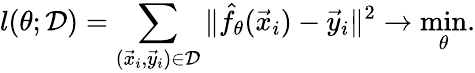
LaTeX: l(\theta;\mathcal{D})=\sum_{(\vec{x}_{i},\vec{y}_{i})\in\mathcal{D}}\| \hat{f}_{\theta}(\vec{x}_{i})-\vec{y}_{i}\| ^{2}\rightarrow\operatorname*{min}_{\theta}.